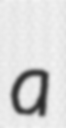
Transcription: a